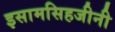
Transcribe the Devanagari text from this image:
इसामसिहजीनी